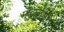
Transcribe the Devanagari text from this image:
मंडालेला